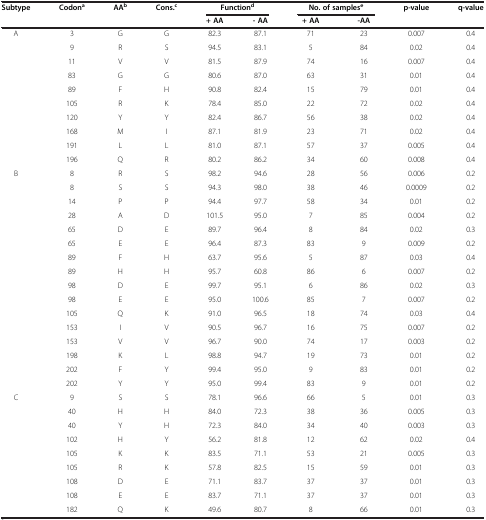
<table><thead><tr><td rowspan="2"><b>Subtype</b></td><td rowspan="2"><b>Codon<sup>a</sup></b></td><td rowspan="2"><b>AA<sup>b</sup></b></td><td rowspan="2"><b>Cons.<sup>c</sup></b></td><td colspan="2"><b>Function<sup>d</sup></b></td><td colspan="2"><b>No. of samples<sup>e</sup></b></td><td rowspan="2"><b>p-value</b></td><td rowspan="2"><b>q-value</b></td></tr><tr><td><b>+ AA</b></td><td><b>- AA</b></td><td><b>+ AA</b></td><td><b>-AA</b></td></tr></thead><tbody><tr><td>A</td><td>3</td><td>G</td><td>G</td><td>82.3</td><td>87.1</td><td>71</td><td>23</td><td>0.007</td><td>0.4</td></tr><tr><td> </td><td>9</td><td>R</td><td>S</td><td>94.5</td><td>83.1</td><td>5</td><td>84</td><td>0.02</td><td>0.4</td></tr><tr><td> </td><td>11</td><td>V</td><td>V</td><td>81.5</td><td>87.9</td><td>74</td><td>16</td><td>0.007</td><td>0.4</td></tr><tr><td> </td><td>83</td><td>G</td><td>G</td><td>80.6</td><td>87.0</td><td>63</td><td>31</td><td>0.01</td><td>0.4</td></tr><tr><td> </td><td>89</td><td>F</td><td>H</td><td>90.8</td><td>82.4</td><td>15</td><td>79</td><td>0.01</td><td>0.4</td></tr><tr><td> </td><td>105</td><td>R</td><td>K</td><td>78.4</td><td>85.0</td><td>22</td><td>72</td><td>0.02</td><td>0.4</td></tr><tr><td> </td><td>120</td><td>Y</td><td>Y</td><td>82.4</td><td>86.7</td><td>56</td><td>38</td><td>0.02</td><td>0.4</td></tr><tr><td> </td><td>168</td><td>M</td><td>I</td><td>87.1</td><td>81.9</td><td>23</td><td>71</td><td>0.02</td><td>0.4</td></tr><tr><td> </td><td>191</td><td>L</td><td>L</td><td>81.0</td><td>87.1</td><td>57</td><td>37</td><td>0.005</td><td>0.4</td></tr><tr><td> </td><td>196</td><td>Q</td><td>R</td><td>80.2</td><td>86.2</td><td>34</td><td>60</td><td>0.008</td><td>0.4</td></tr><tr><td>B</td><td>8</td><td>R</td><td>S</td><td>98.2</td><td>94.6</td><td>28</td><td>56</td><td>0.006</td><td>0.2</td></tr><tr><td> </td><td>8</td><td>S</td><td>S</td><td>94.3</td><td>98.0</td><td>38</td><td>46</td><td>0.0009</td><td>0.2</td></tr><tr><td> </td><td>14</td><td>P</td><td>P</td><td>94.4</td><td>97.7</td><td>58</td><td>34</td><td>0.01</td><td>0.2</td></tr><tr><td> </td><td>28</td><td>A</td><td>D</td><td>101.5</td><td>95.0</td><td>7</td><td>85</td><td>0.004</td><td>0.2</td></tr><tr><td> </td><td>65</td><td>D</td><td>E</td><td>89.7</td><td>96.4</td><td>8</td><td>84</td><td>0.02</td><td>0.3</td></tr><tr><td> </td><td>65</td><td>E</td><td>E</td><td>96.4</td><td>87.3</td><td>83</td><td>9</td><td>0.009</td><td>0.2</td></tr><tr><td> </td><td>89</td><td>F</td><td>H</td><td>63.7</td><td>95.6</td><td>5</td><td>87</td><td>0.03</td><td>0.4</td></tr><tr><td> </td><td>89</td><td>H</td><td>H</td><td>95.7</td><td>60.8</td><td>86</td><td>6</td><td>0.007</td><td>0.2</td></tr><tr><td> </td><td>98</td><td>D</td><td>E</td><td>99.7</td><td>95.1</td><td>6</td><td>86</td><td>0.02</td><td>0.3</td></tr><tr><td> </td><td>98</td><td>E</td><td>E</td><td>95.0</td><td>100.6</td><td>85</td><td>7</td><td>0.007</td><td>0.2</td></tr><tr><td> </td><td>105</td><td>Q</td><td>K</td><td>91.0</td><td>96.5</td><td>18</td><td>74</td><td>0.03</td><td>0.4</td></tr><tr><td> </td><td>153</td><td>I</td><td>V</td><td>90.5</td><td>96.7</td><td>16</td><td>75</td><td>0.007</td><td>0.2</td></tr><tr><td> </td><td>153</td><td>V</td><td>V</td><td>96.7</td><td>90.0</td><td>74</td><td>17</td><td>0.003</td><td>0.2</td></tr><tr><td> </td><td>198</td><td>K</td><td>L</td><td>98.8</td><td>94.7</td><td>19</td><td>73</td><td>0.01</td><td>0.2</td></tr><tr><td> </td><td>202</td><td>F</td><td>Y</td><td>99.4</td><td>95.0</td><td>9</td><td>83</td><td>0.01</td><td>0.2</td></tr><tr><td> </td><td>202</td><td>Y</td><td>Y</td><td>95.0</td><td>99.4</td><td>83</td><td>9</td><td>0.01</td><td>0.2</td></tr><tr><td>C</td><td>9</td><td>S</td><td>S</td><td>78.1</td><td>96.6</td><td>66</td><td>5</td><td>0.01</td><td>0.3</td></tr><tr><td> </td><td>40</td><td>H</td><td>H</td><td>84.0</td><td>72.3</td><td>38</td><td>36</td><td>0.005</td><td>0.3</td></tr><tr><td> </td><td>40</td><td>Y</td><td>H</td><td>72.3</td><td>84.0</td><td>34</td><td>40</td><td>0.003</td><td>0.3</td></tr><tr><td> </td><td>102</td><td>H</td><td>Y</td><td>56.2</td><td>81.8</td><td>12</td><td>62</td><td>0.02</td><td>0.4</td></tr><tr><td> </td><td>105</td><td>K</td><td>K</td><td>83.5</td><td>71.1</td><td>53</td><td>21</td><td>0.005</td><td>0.3</td></tr><tr><td> </td><td>105</td><td>R</td><td>K</td><td>57.8</td><td>82.5</td><td>15</td><td>59</td><td>0.01</td><td>0.3</td></tr><tr><td> </td><td>108</td><td>D</td><td>E</td><td>71.1</td><td>83.7</td><td>37</td><td>37</td><td>0.01</td><td>0.3</td></tr><tr><td> </td><td>108</td><td>E</td><td>E</td><td>83.7</td><td>71.1</td><td>37</td><td>37</td><td>0.01</td><td>0.3</td></tr><tr><td> </td><td>182</td><td>Q</td><td>K</td><td>49.6</td><td>80.7</td><td>8</td><td>66</td><td>0.01</td><td>0.3</td></tr></tbody></table>